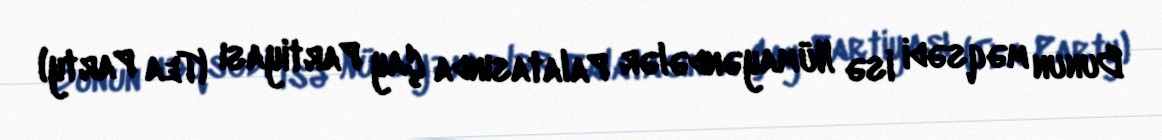
Bunun məqsədi isə Nümayəndələr Palatasında Çay Partiyası (Tea Party)